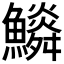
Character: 𩼩